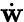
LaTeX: \dot{\mathbf{w}}